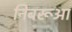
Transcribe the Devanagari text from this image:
निबरूआ